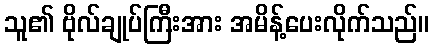
သူ၏ ဗိုလ်ချုပ်ကြီးအား အမိန့်ပေးလိုက်သည်။